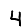
Digit: 4